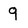
Character: 9